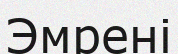
Эмрені